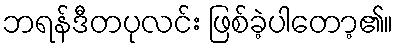
ဘရန်ဒီတပုလင်း ဖြစ်ခဲ့ပါတော့၏။